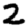
Digit: 2